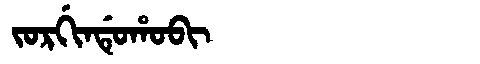
Manchu: ᠵᠣᡵᡤᡳᠨᡩᡠᡥᠣᠪᡳ
Romanization: JORGINDUHOBI